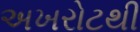
અખરોટથી